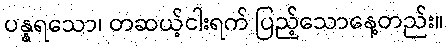
ပန္နရသော၊ တဆယ့်ငါးရက် ပြည့်သောနေ့တည်း။